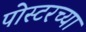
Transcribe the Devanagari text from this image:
पोस्टरच्या